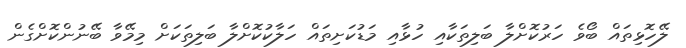
ލޭހޮޅިތައް ބޯވެ ހަރުކޮށްލާ ބަލިތަކާއި ހުޅާއި މަޑުކަށިތައް ހަލާކުކޮށްލާ ބަލިތަކަށް މިމޭވާ ބޭނުންކޮށްގެން